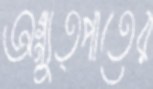
অগ্ন্যুত্পাতের